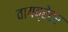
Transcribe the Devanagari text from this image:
वायब्रेटर